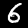
Digit: 6